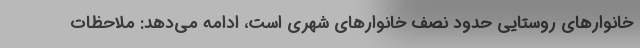
خانوارهای روستایی حدود نصف خانوارهای شهری است، ادامه می‌دهد: ملاحظات